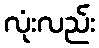
လုံးလည်း